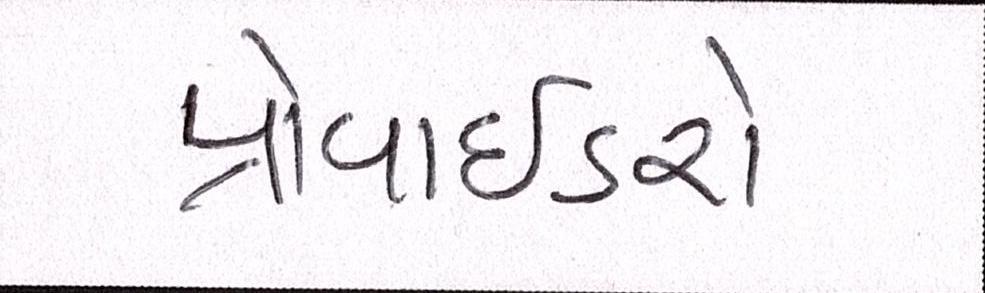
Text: પ્રોવાઈડરો